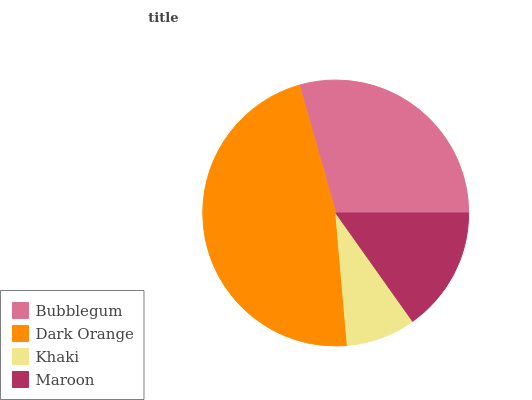
| Bubblegum | Dark Orange | Khaki | Maroon |
 | --- | --- | --- | --- |
 | 29.4% | 46.9% | 8.43% | 15.2% |